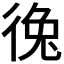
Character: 𪫐